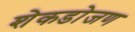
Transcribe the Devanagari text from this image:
शेकडोजण